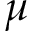
\mu